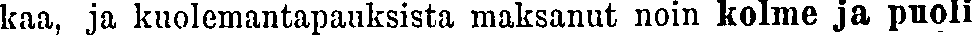
kaa, ja kuolemantapauksista maksanut noin kolme ja puoli